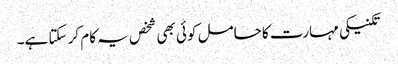
تکنیکی مہارت کا حامل کوئی بھی شخص یہ کام کر سکتا ہے۔